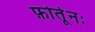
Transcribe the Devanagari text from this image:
फ़ोर्तूनः